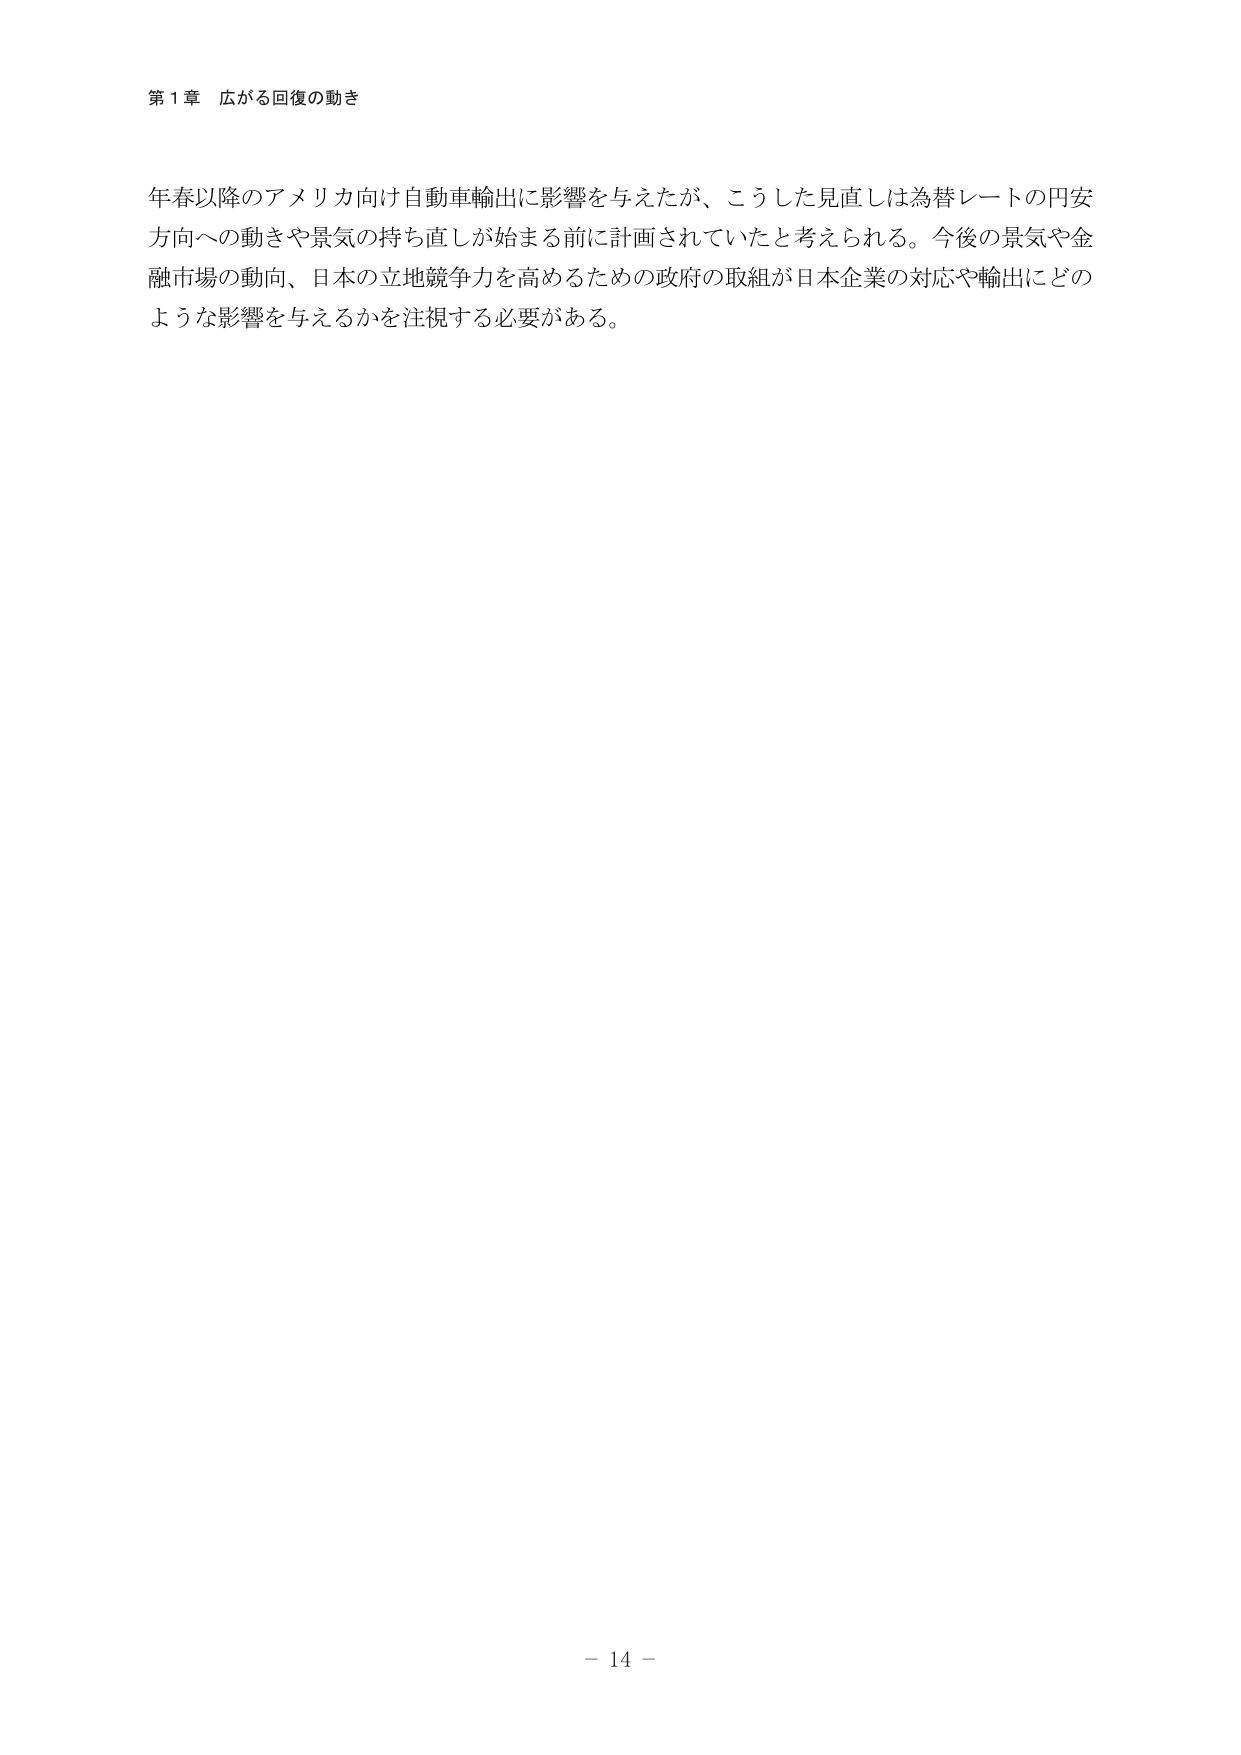
第１章 広がる回復の動き

年春以降のアメリカ向け自動車輸出に影響を与えたが、こうした見直しは為替レートの円安方向への動きや景気の持ち直しが始まる前に計画されていたと考えられる。今後の景気や金融市場の動向、日本の立地競争力を高めるための政府の取組が日本企業の対応や輸出にどのような影響を与えるかを注視する必要がある。

－ 14 －